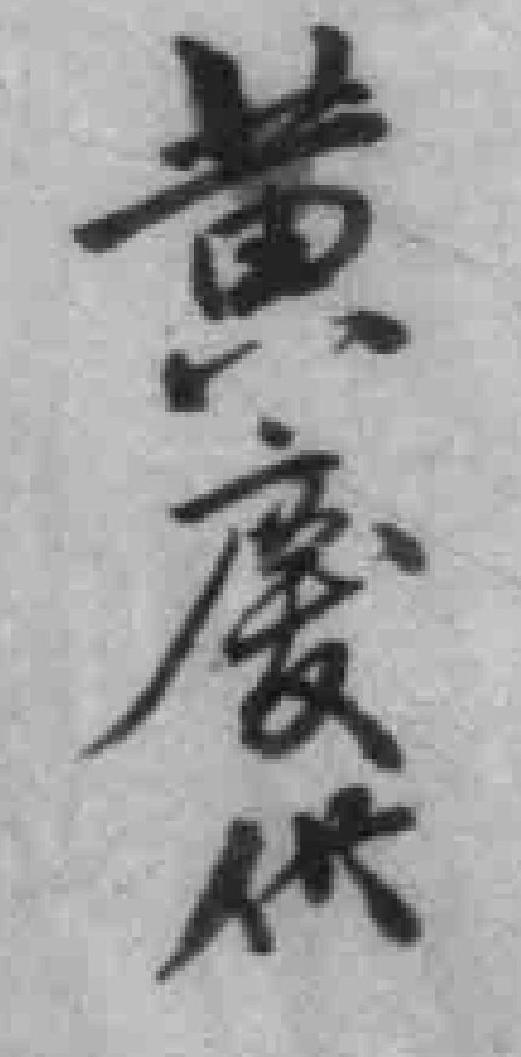
黄慶供